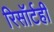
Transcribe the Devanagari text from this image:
रिसॉर्टही